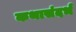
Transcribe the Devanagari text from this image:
कथासंदर्भ